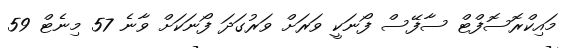
މައިކްރޮސޮފްޓް ސާފޭސް ފޯނަކީ ވަރަށް ވަރުގަދަ ފޯނަކަށް ވާނެ 57 މިނެޓް 59